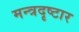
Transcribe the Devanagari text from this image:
मन्त्रदृष्टार